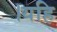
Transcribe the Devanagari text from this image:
।यहि